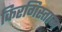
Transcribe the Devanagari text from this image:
किरगिस्तान